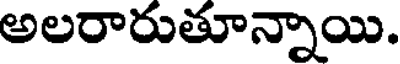
అలరారుతూన్నాయి.